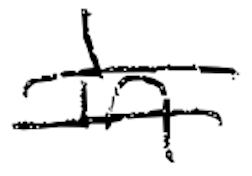
Text: in
Cross-out: double-line
Writing tool: digital_black